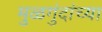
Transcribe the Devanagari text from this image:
मुळगुंदांच्या